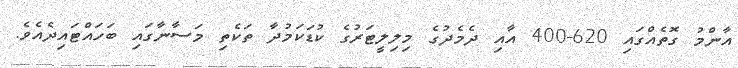
އާންމު ގޮތެއްގައި 620-400 އާއި ދެމެދުގެ މިލިލީޓަރުގެ ކުޑަކަމުދާ ތަކެތި މަސާނާގައި ބަހައްޓައިދެއެވެ.